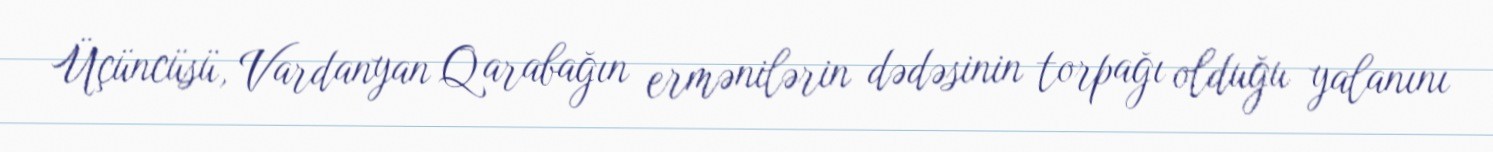
Üçüncüsü, Vardanyan Qarabağın ermənilərin dədəsinin torpağı olduğu yalanını